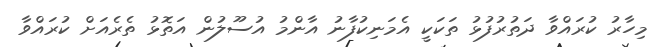
މިހާރު ކުރައްވާ ދަތުރުފުޅު ތަކަކީ އެމަނިކުފާނު އާންމު އުސޫލުން އަތޮޅު ތެރެއަށް ކުރައްވާ